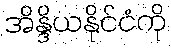
အိန္ဒိယနိုင်ငံကို